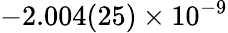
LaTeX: -2.004(25)\times 10^{-9}